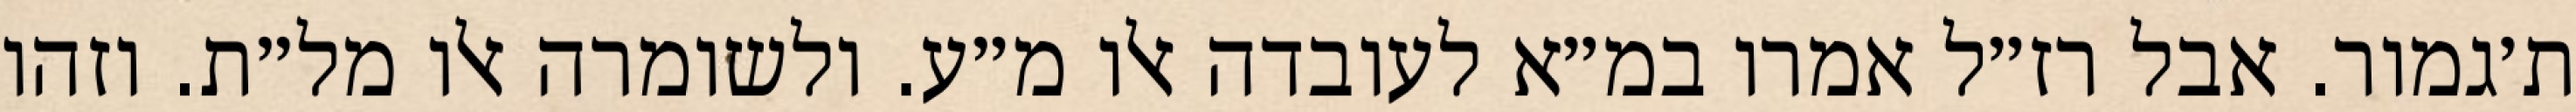
ת׳גמור. אבל רז״ל אמרו במ״א לעובדה אלו מ״ע. ולשומרה אלו מל״ת. וזהו